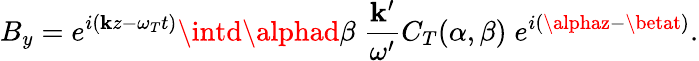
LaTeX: B_{y}=e^{i(\mathbf{k}z-\omega_{T}t)}\intd\alphad\beta\; {\frac{{\mathbf{k}^{\prime}}}{{\omega^{\prime}}}}C_{T}(\alpha,\beta)\; e^{i(\alphaz-\betat)}.